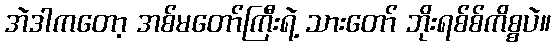
အဲဒါကတော့ အစ်မတော်ကြီးရဲ့ သားတော် ဘိုးရစ်စ်ကိစ္စပဲ။